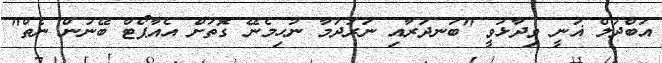
އަބްދުލް ޣަނީ ވިދާޅުވީ "ބަނދަރާއި ނަރުދަމާ ނުހިމެނޭ ގޮތަށް އެއާޕޯޓް ބޭނުން ނެތް"